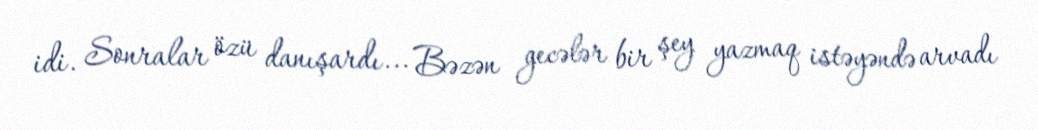
idi. Sonralar özü danışardı... Bəzən gecələr bir şey yazmaq istəyəndə arvadı